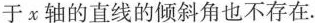
于x轴的直线的倾斜角也不存在。